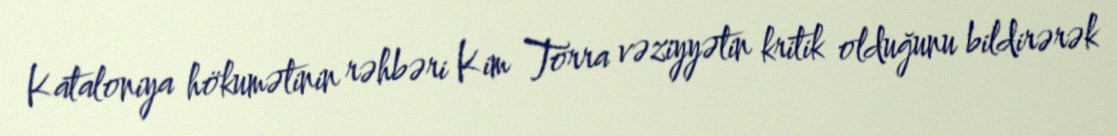
Kataloniya hökumətinin rəhbəri Kim Torra vəziyyətin kritik olduğunu bildirərək